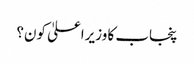
پنجاب کا وزیراعلیٰ کون؟